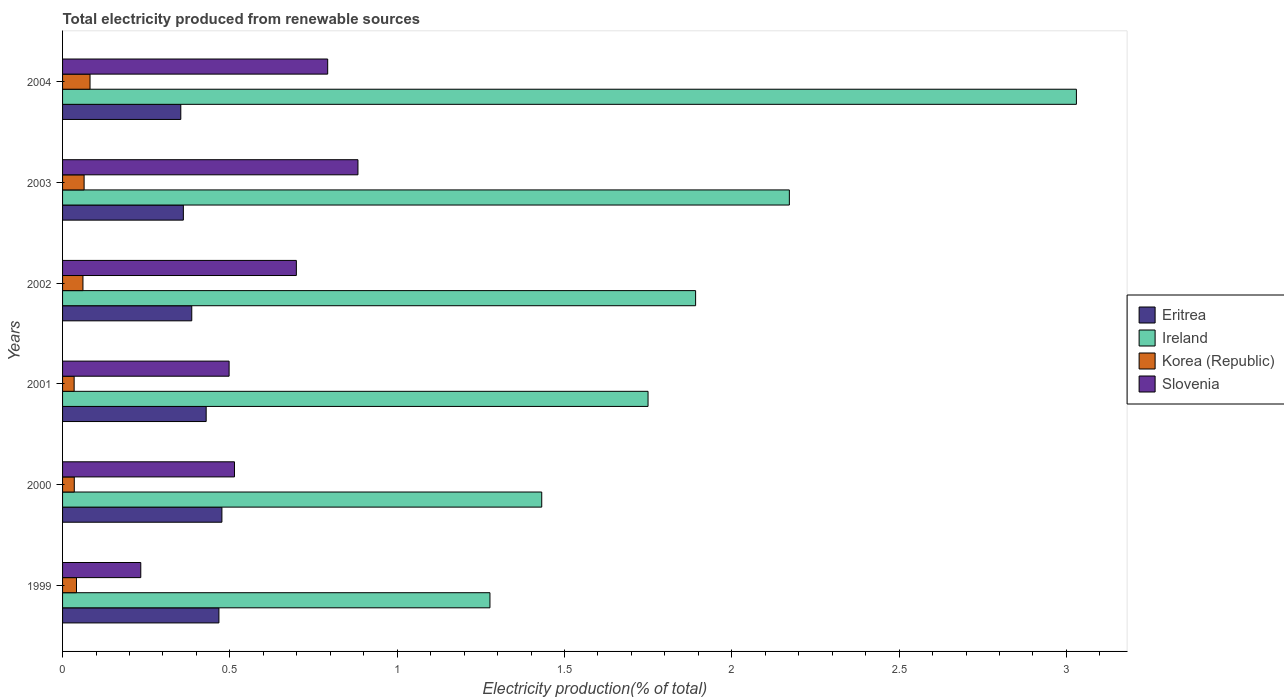
| Years | Eritrea | Ireland | Korea (Republic) | Slovenia |
 | --- | --- | --- | --- | --- |
 | 1999 | 0.467 | 1.28 | 0.0416 | 0.234 |
 | 2000 | 0.476 | 1.43 | 0.035 | 0.514 |
 | 2001 | 0.429 | 1.75 | 0.0346 | 0.498 |
 | 2002 | 0.386 | 1.89 | 0.0609 | 0.699 |
 | 2003 | 0.361 | 2.17 | 0.0644 | 0.883 |
 | 2004 | 0.353 | 3.03 | 0.0821 | 0.792 |